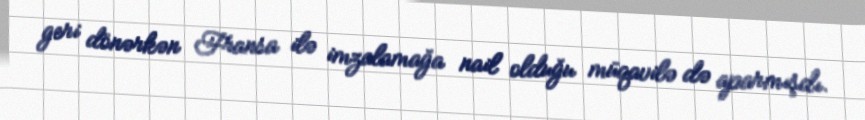
geri dönərkən Fransa ilə imzalamağa nail olduğu müqavilə də aparmışdı.